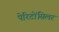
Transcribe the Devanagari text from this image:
पेरिटोंसिलर